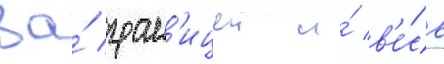
за́ гран'ицеи и́ в'е́сь